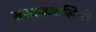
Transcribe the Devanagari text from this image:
सद्दतथजालिनी